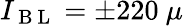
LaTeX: I_{\mathrm{~B~L~}}=\pm 220~\mu